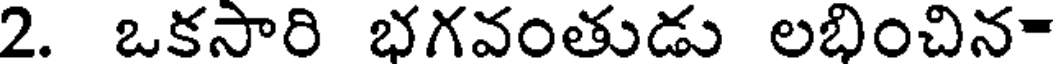
2. ఒకసారి భగవంతుడు లభించిన-